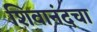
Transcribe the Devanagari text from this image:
शिवानंदचा